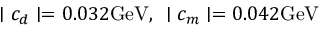
\mid c _ { d } \mid = 0 . 0 3 2 \mathrm { G e V } , \enspace \mid c _ { m } \mid = 0 . 0 4 2 \mathrm { G e V }